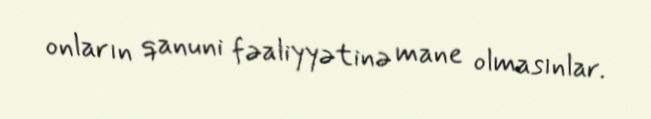
onların qanuni fəaliyyətinə mane olmasınlar.